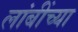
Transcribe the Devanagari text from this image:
लांबींच्या